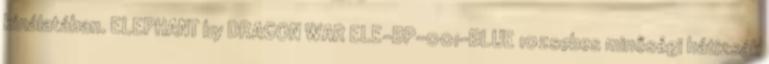
kínálatában. ELEPHANT by DRAGON WAR ELE-BP-001-BLUE 10zsebes minőségi hátizsák